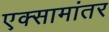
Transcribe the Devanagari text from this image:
एक्सामांतर